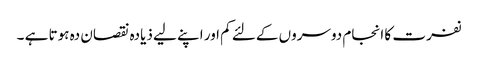
نفرت کا انجام دوسروں کےلئے کم اور اپنے لیے ذیادہ نقصان دہ ہوتا ہے ۔